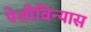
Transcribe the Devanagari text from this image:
पेशीविन्यास